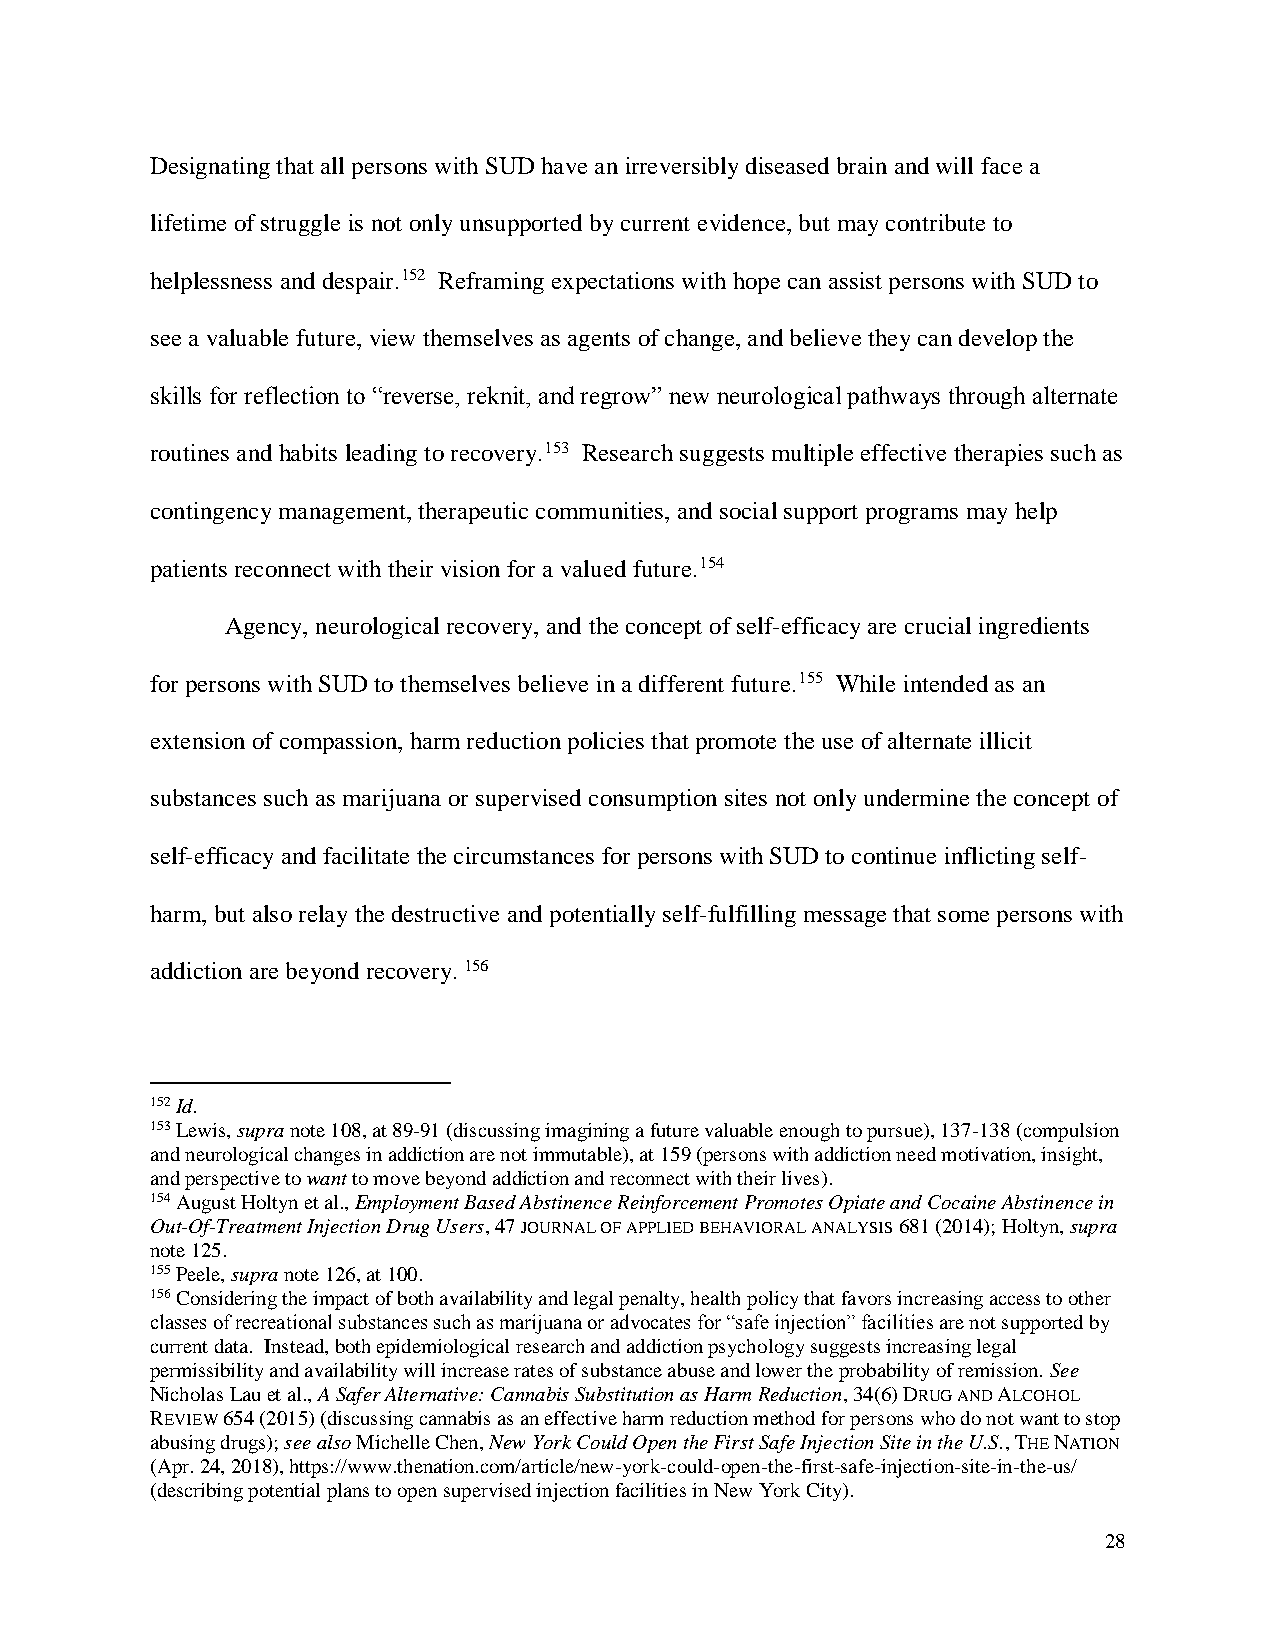
Designating that all persons with SUD have an irreversibly diseased brain and will face a
 lifetime of struggle is not only unsupported by current evidence, but may contribute to
 helplessness and despair.152 Reframing expectations with hope can assist persons with SUD to
 see a valuable future, view themselves as agents of change, and believe they can develop the
 skills for reflection to “reverse, reknit, and regrow” new neurological pathways through alternate
 routines and habits leading to recovery.153 Research suggests multiple effective therapies such as
 contingency management, therapeutic communities, and social support programs may help
 patients reconnect with their vision for a valued future.154
 Agency, neurological recovery, and the concept of self-efficacy are crucial ingredients
 for persons with SUD to themselves believe in a different future.155 While intended as an
 extension of compassion, harm reduction policies that promote the use of alternate illicit
 substances such as marijuana or supervised consumption sites not only undermine the concept of
 self-efficacy and facilitate the circumstances for persons with SUD to continue inflicting self-
 harm, but also relay the destructive and potentially self-fulfilling message that some persons with
 addiction are beyond recovery. 156
 152 Id.
 153 Lewis, supra note 108, at 89-91 (discussing imagining a future valuable enough to pursue), 137-138 (compulsion
 and neurological changes in addiction are not immutable), at 159 (persons with addiction need motivation, insight,
 and perspective to want to move beyond addiction and reconnect with their lives).
 154 August Holtyn et al., Employment Based Abstinence Reinforcement Promotes Opiate and Cocaine Abstinence in
 Out-Of-Treatment Injection Drug Users, 47 JOURNAL OF APPLIED BEHAVIORAL ANALYSIS 681 (2014); Holtyn, supra
 note 125.
 155 Peele, supra note 126, at 100.
 156 Considering the impact of both availability and legal penalty, health policy that favors increasing access to other
 classes of recreational substances such as marijuana or advocates for “safe injection” facilities are not supported by
 current data. Instead, both epidemiological research and addiction psychology suggests increasing legal
 permissibility and availability will increase rates of substance abuse and lower the probability of remission. See
 Nicholas Lau et al., A Safer Alternative: Cannabis Substitution as Harm Reduction, 34(6) DRUG AND ALCOHOL
 REVIEW 654 (2015) (discussing cannabis as an effective harm reduction method for persons who do not want to stop
 abusing drugs); see also Michelle Chen, New York Could Open the First Safe Injection Site in the U.S., THE NATION
 (Apr. 24, 2018), https://www.thenation.com/article/new-york-could-open-the-first-safe-injection-site-in-the-us/
 (describing potential plans to open supervised injection facilities in New York City).
 28